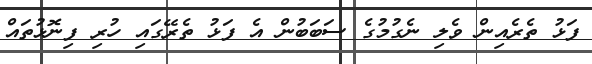
ފަޅު ތެރެއިން ވެލި ނެގުމުގެ ސަބަބުން އެ ފަޅު ތެރޭގައި ހުރި ފިނޮޅުތައް